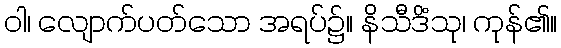
ဝါ၊ လျောက်ပတ်သော အရပ်၌။ နိသီဒိံသု၊ ကုန်၏။